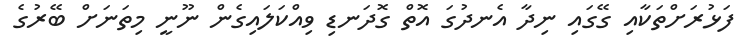
ފަޅުރަށްތަކާއި ގޭގައި ނިދާ އެނދުގަ އޮތް ގޮދަނޑި ވިއްކަލައިގެން ނޫނީ މިތަނަށް ބޭރުގެ